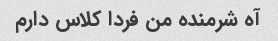
آه شرمنده من فردا کلاس دارم